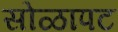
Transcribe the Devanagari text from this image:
सोळापट